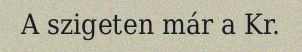
A szigeten már a Kr.